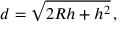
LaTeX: d = { \sqrt { 2 R h + h ^ { 2 } } } \, ,